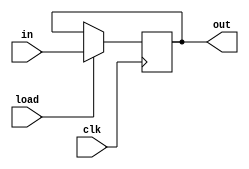
// Code your testbench here
// or browse Examples
/* The controller and datapath code for multiplication using the repititive additiion technique */
                                 /* THE DATA PATH CODE*/

//The PIPO register having only load input for multiplicant storing
module PIPO1(out,in,load,clk);
	output reg [15:0] out;
	input [15:0] in;
	input load,clk;
	
	always@(posedge clk)       //At clock rise, give output as same as input - D flip-flop
		if(load) out<=in;
endmodule

//The PIPO register with load and clear inputs for product storing
module PIPO2(out,in,load,clr,clk);
	output reg [15:0] out;
	input [15:0] in;
	input load,clr,clk;
	
	always@(posedge clk)
		if(clr) out<=16'b0;      //If clear, make output to zero
		else if(load) out<=in;   //If load make output as input - D flip-flop
endmodule

//The downcounter for multiplier
module count(out,in,load,dec,clk);
	output reg [15:0] out;
	input [15:0] in;
	input load,dec,clk;
	
	always@(posedge clk)        // After every addition decrease the multiplier by 1;
		if(dec) out<=out-1;
		else if(load) out<=in;   // At start to load multiplier from data input
endmodule

//The adder module for repetitive addition of multiplicant with product until multiplier is not zero
module adder(sum,A,B);
	output reg [15:0] sum;
	input [15:0] A,B;
	
	always@(*)
		sum<=A+B; //Adding the multiplicant to the product
endmodule

// Module for comparing wether multiplier is zero after every iterative addition
module comp(out,in);
	output out;
	input [15:0] in;
	
	assign out = (in==0);  //If multiplier is zero, 'out' flag is made 1 to stop addition iteration
endmodule 

/* The master module that implements multiplication by instantiating above modules */
module MUL(eqz,ldA,ldB,ldP,clrP,decB,data_in,clk);
	input [15:0] data_in;
	input ldA,ldB,ldP,clrP,decB,clk;
	output eqz;
	wire [15:0]X,Y,Z,Bout;
	
	PIPO1 A(X,data_in,ldA,clk);          //PIPO regitser of I kind
	PIPO2 B(Y,Z,ldP,clrP,clk);           //PIPO register of II kind
	adder C(Z,X,Y);                      //Adder
	count D(Bout,data_in,ldB,decB,clk);  //Down counter
	comp E(eqz,Bout);                    //Comparator
endmodule

                            /* THE CONTROL PATH CODE */

// The controller to generate the signals for data path to carry on computation
module controller(ldA,ldB,ldP,clrP,done,decB,start,clk,eqz);
	output reg ldA,ldB,ldP,clrP,done,decB;
	input start,eqz,clk;
	reg [2:0] state;
	
	parameter S0=3'b000, S1=3'b001, S2=3'b010, S3=3'b011, S4=3'b100;
	
	always@(posedge clk)
		begin
			case(state)
				S0: if(start) state<=S1;   // If asked to start move to state 1
				S1: state<=S2;             //Move to state 2
				S2: state<=S3;             //Move to state 3
				S3: #2 if(eqz) state<=S4;  // If multiplier is zero go to state 4 otherwise stay here
				S4: state<=S4;             // End the additive iteration process
				default: state<=S0;        
			endcase
		end

	always@(state)
		begin
			case(state)
				S0: begin #1 ldA=0; ldB=0; ldP=0; clrP=0; done=0; decB=0; end       //Make all control signals to zero
				S1: begin #1 ldA=1; end                                             //load the A(multiplicant)input
				S2: begin #1 ldA=0; ldB=1; clrP=1; end                              //Load the B(multiplier) input and clear the product register
				S3: begin #1 ldB=0; clrP=0; ldP=1; decB=1; end                      //Add the sum to product snd decrease the B by 1
				S4: begin #1 ldP=0; decB=0; done=1; end                             // Make 'done =1' and end the process
				default: begin #1 ldA=0; ldB=0; ldP=0; clrP=0; done=0; decB=0; end
			endcase
		end
endmodule